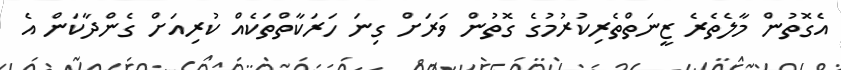
އެގޮތުން މާލެތެރެ ޒީނަތްތެރިކުރުމުގެ ގޮތުން ވަރަށް ގިނަ ހަރަކާތްތަކެއް ކުރިއަށް ގެންދާކަން އެ